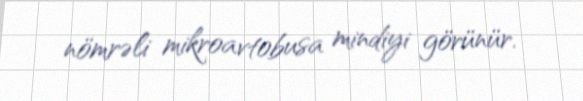
nömrəli mikroavtobusa mindiyi görünür.